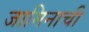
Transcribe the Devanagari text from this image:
जामिनाची